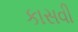
કાસવી